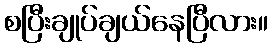
စပြီးချုပ်ချယ်နေပြီလား။